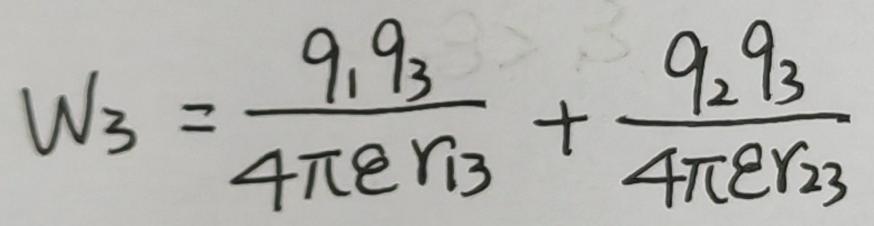
$W_{3}=\frac{q_{1}q_{3}}{4\pi \varepsilon r_{13}}+\frac{q_{2}q_{3}}{4\pi \varepsilon r_{23}}$